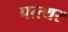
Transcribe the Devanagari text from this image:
पत्त्थर